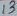
Text: 13